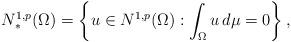
LaTeX: \begin{align*}N^{1,p}_*(\Omega)=\left\{u\in N^{1,p}(\Omega):\int_\Omega u\,d\mu=0\right\},\end{align*}